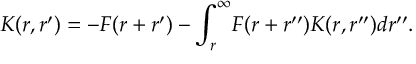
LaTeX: K ( r , r ^ { \prime } ) = - F ( r + r ^ { \prime } ) - \int _ { r } ^ { \infty } \! F ( r + r ^ { \prime \prime } ) K ( r , r ^ { \prime \prime } ) d r ^ { \prime \prime } .